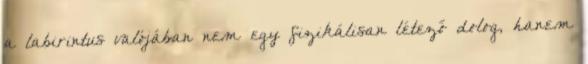
a labirintus valójában nem egy fizikálisan létező dolog, hanem